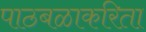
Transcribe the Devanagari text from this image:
पाठबळाकरिता